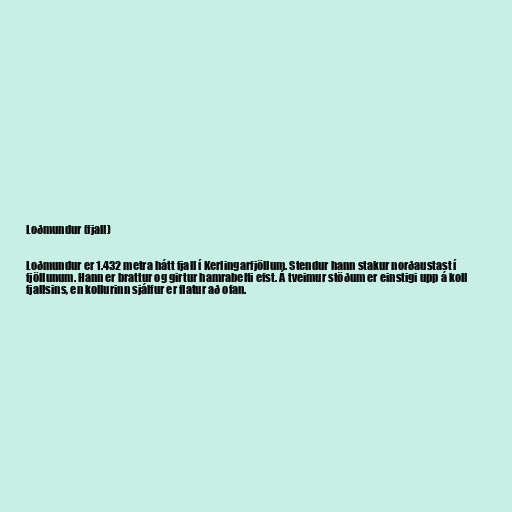
Loðmundur (fjall)

Loðmundur er 1.432 metra hátt fjall í Kerlingarfjöllum. Stendur hann stakur norðaustast í
fjöllunum. Hann er brattur og girtur hamrabelti efst. Á tveimur stöðum er einstigi upp á koll
fjallsins, en kollurinn sjálfur er flatur að ofan.